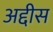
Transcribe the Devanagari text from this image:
अद्दीस